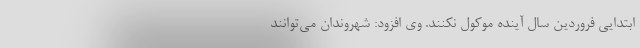
ابتدایی فروردین سال آینده موکول نکنند. وی افزود: شهروندان می‌توانند